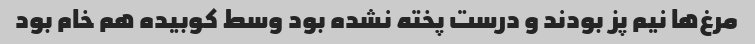
مرغ‌ها نیم پز بودند و درست پخته نشده بود وسط کوبیده هم خام بود